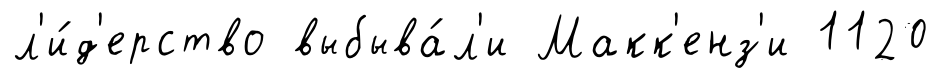
л'и́д'ерство выбыва́л'и Макк'енз'и 1120